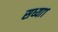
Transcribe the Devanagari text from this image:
सध्या१